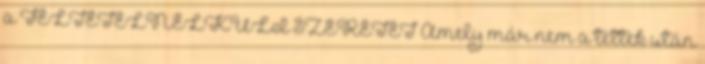
a FELTÉTELNÉLKÜLI SZERETET Amely már nem a tettek után